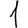
Digit: 1